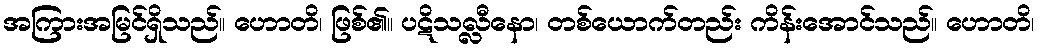
အကြားအမြင်ရှိသည်။ ဟောတိ၊ ဖြစ်၏။ ပဋိသလ္လီနော၊ တစ်ယောက်တည်း ကိန်းအောင်သည်။ ဟောတိ၊